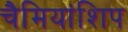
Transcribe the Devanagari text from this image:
चैमियांशिप